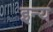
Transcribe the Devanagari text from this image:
इन्य